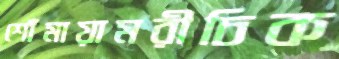
শোঁমায়ামরীচিক